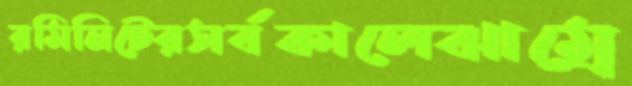
রমিনিটেরসর্বকালেঝাম্‌রে